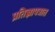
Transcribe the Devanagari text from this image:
प्रतिज्ञापत्रात